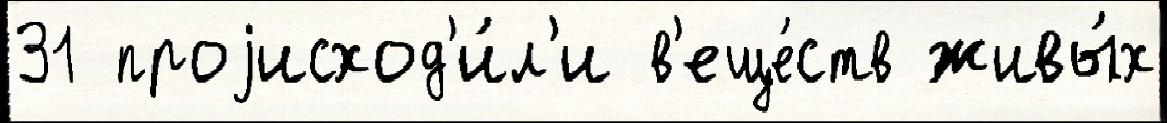
31 проjисход'и́л'и в'еще́ств живы́х